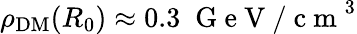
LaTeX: \rho_{\mathrm{DM}}(R_{0})\approx 0.3\; \mathrm{~G~e~V~/~c~m~}^{3}